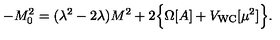
- M _ { 0 } ^ { 2 } = ( \lambda ^ { 2 } - 2 \lambda ) M ^ { 2 } + 2 \Bigl \{ \Omega [ A ] + V _ { \mathrm { W C } } [ \mu ^ { 2 } ] \Bigr \} .